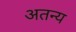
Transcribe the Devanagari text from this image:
अतन्य